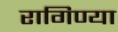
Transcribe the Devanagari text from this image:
रागिण्या